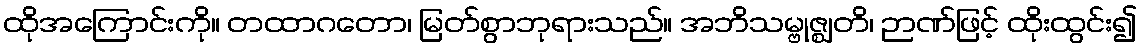
ထိုအကြောင်းကို။ တထာဂတော၊ မြတ်စွာဘုရားသည်။ အဘိသမ္ဗုဇ္ဈတိ၊ ဉာဏ်ဖြင့် ထိုးထွင်း၍